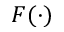
F ( \cdot )